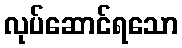
လုပ်ဆောင်ရသော